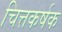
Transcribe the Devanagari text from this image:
चित्तकर्षक